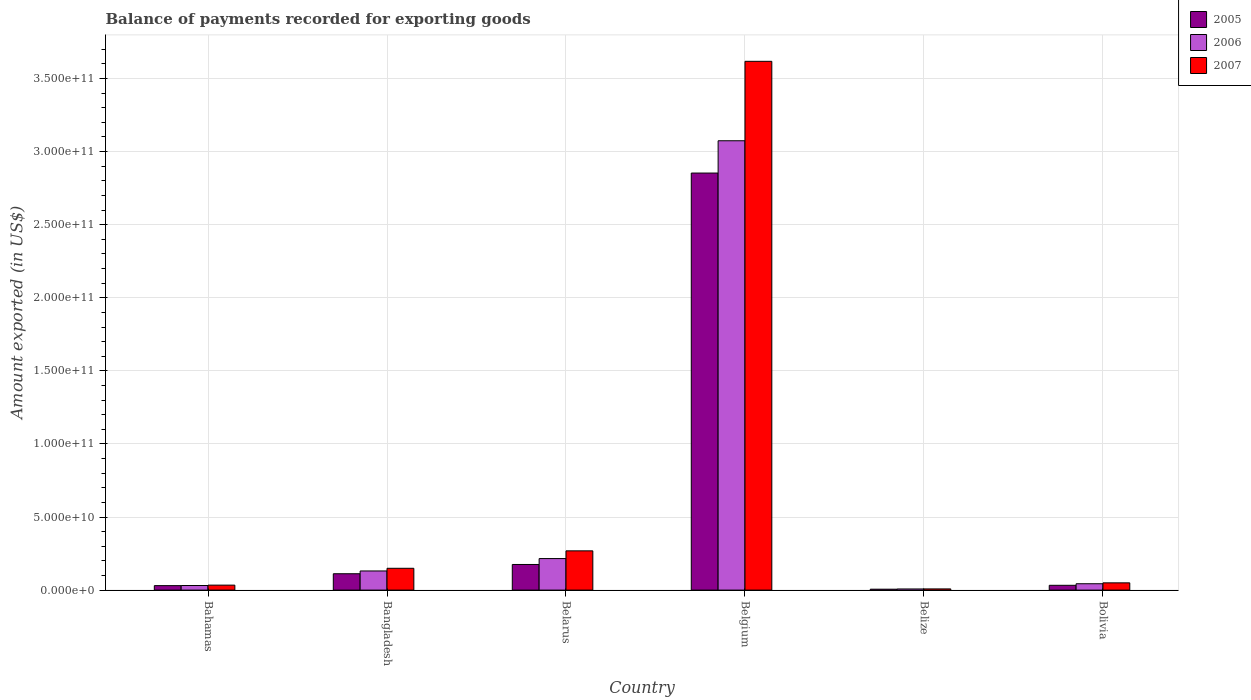
| Country | 2005 | 2006 | 2007 |
 | --- | --- | --- | --- |
 | Bahamas | 3.06e+09 | 3.14e+09 | 3.4e+09 |
 | Bangladesh | 1.12e+10 | 1.31e+10 | 1.49e+10 |
 | Belarus | 1.75e+10 | 2.16e+10 | 2.69e+10 |
 | Belgium | 2.85e+11 | 3.07e+11 | 3.62e+11 |
 | Belize | 6.15e+08 | 7.76e+08 | 8.16e+08 |
 | Bolivia | 3.28e+09 | 4.35e+09 | 4.95e+09 |